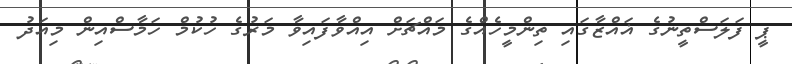
ޕީ ފަލަސްތީނުގެ ޣައްޒާގައި ތިންމީހެއްގެ މައްޗަށް އިއްވާފައިވާ މަރުގެ ހުކުމް ހަމާސްއިން މިއަދު